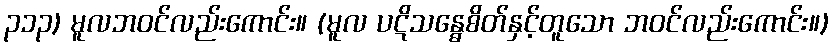
၃၁၃) မူလဘဝင်လည်းကောင်း။ (မူလ ပဋိသန္ဓေစိတ်နှင့်တူသော ဘဝင်လည်းကောင်း။)